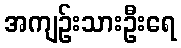
အကျဉ်းသားဦးရေ